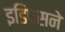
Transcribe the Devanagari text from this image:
इडिपसने